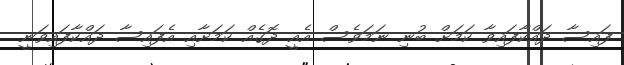
ފައިސާ ދައްކާފައިވާ ކަމަށް ބުނި ނަމަވެސް އެއީ ދޮގެއް ކަމަށާއި އެފައިސާ ދައްކާފައިވަނީ